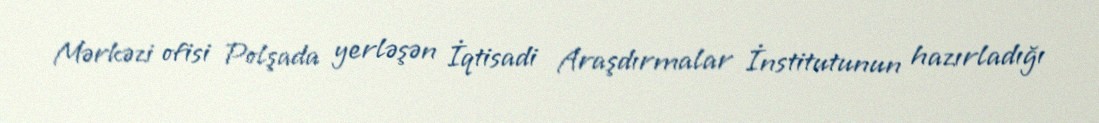
Mərkəzi ofisi Polşada yerləşən İqtisadi Araşdırmalar İnstitutunun hazırladığı